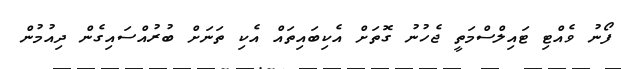
ފޯނު ވެއްޓި ޓައިލްސްމަތީ ޖެހުނު ގޮތަށް އެކިބައިތައް އެކި ތަނަށް ބުރުއްސައިގެން ދިއުމުން